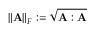
\left\lVert \mathbf { A } \right\rVert _ { F } : = \sqrt { \mathbf { A } : \mathbf { A } }